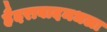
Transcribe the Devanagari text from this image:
हैदराबादमधला